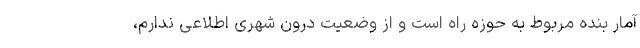
آمار بنده مربوط به حوزه راه‌ است و از وضعیت درون شهری اطلاعی ندارم،